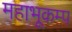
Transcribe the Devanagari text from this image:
महाभूकम्प